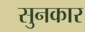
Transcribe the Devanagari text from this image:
सुनकार